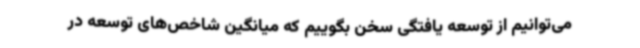
می‌توانیم از توسعه یافتگی سخن بگوییم که میانگین شاخص‌های توسعه در